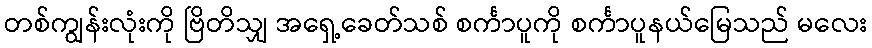
တစ်ကျွန်းလုံးကို ဗြိတိသျှ အရှေ့ခေတ်သစ် စင်္ကာပူကို စင်္ကာပူနယ်မြေသည် မလေး